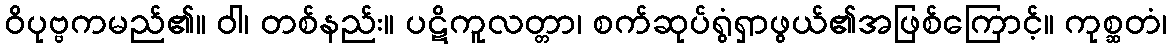
ဝိပုဗ္ဗကမည်၏။ ဝါ၊ တစ်နည်း။ ပဋိကူလတ္တာ၊ စက်ဆုပ်ရွံရှာဖွယ်၏အဖြစ်ကြောင့်။ ကုစ္ဆတံ၊